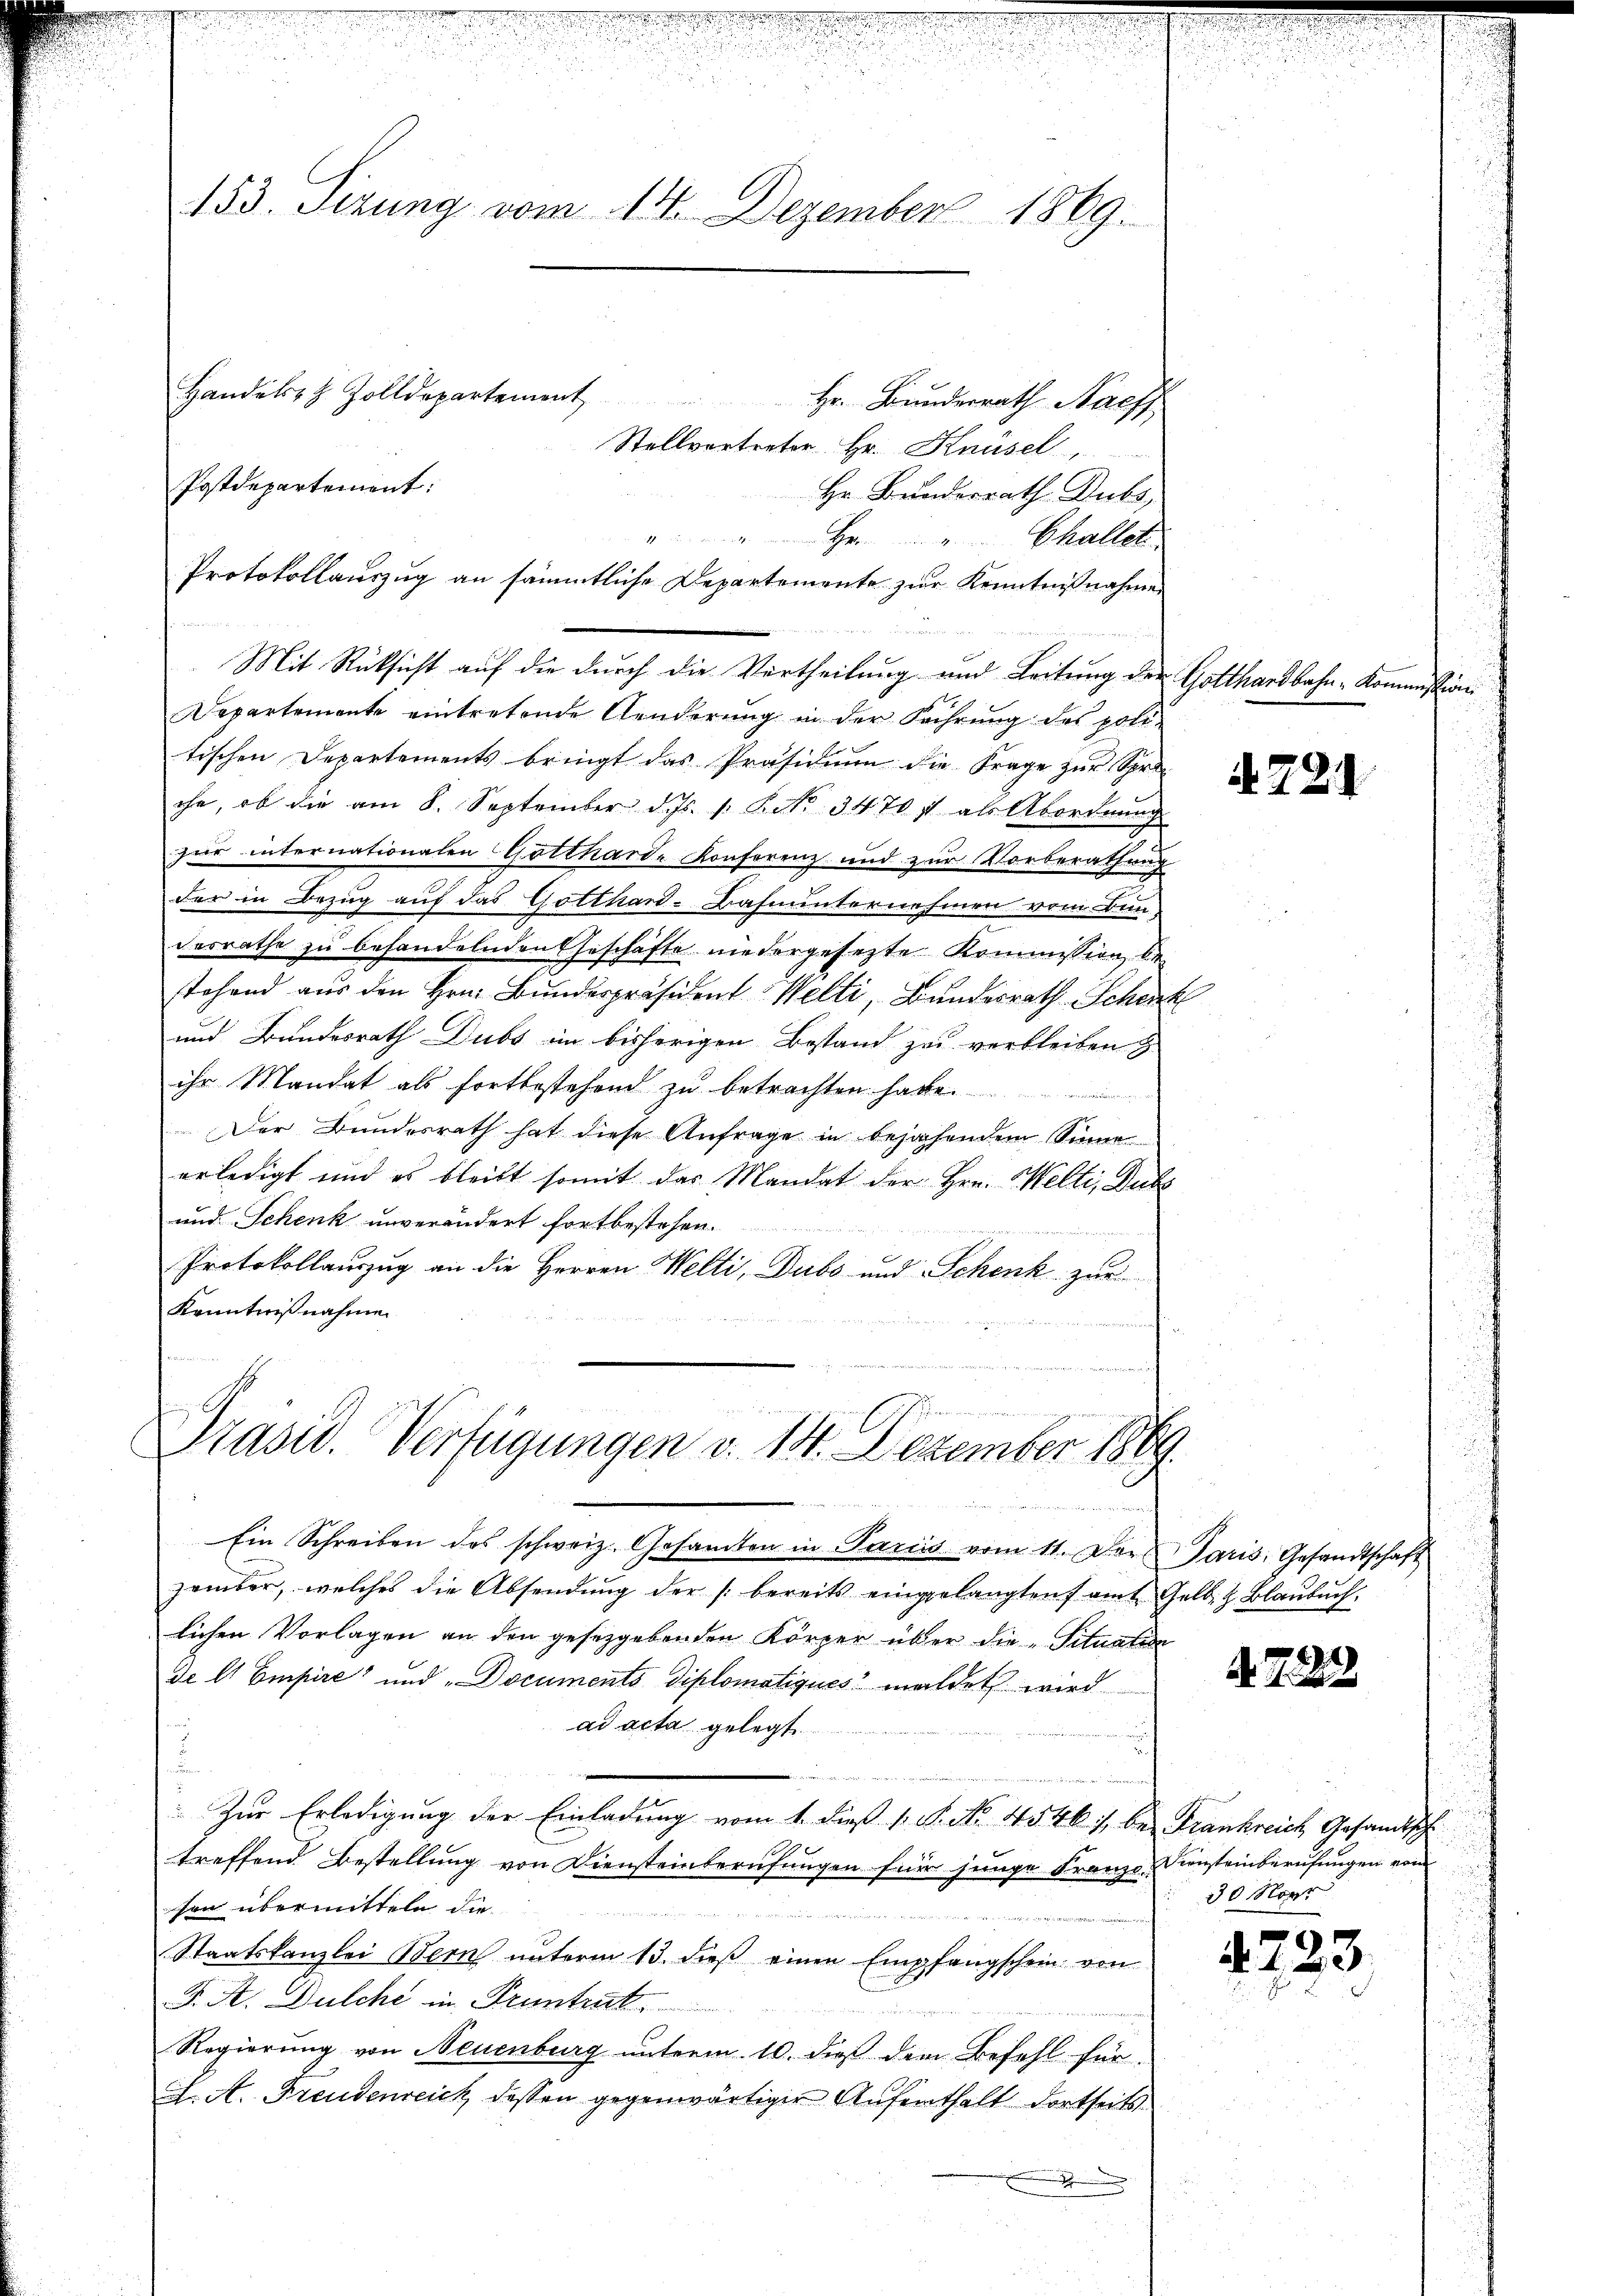
153. Sizung vom 14. Dezember 1869.

Hr. Bunderrath Nachf
Stellvertreter Hr. Knüsel,
Hr. Bunderrath Dubs,
Hr " Challet

Mit Rücksicht auf die durch die Vertheilung und Leitung der Gotthardbahn-Kommissio
Departemente eintretende Aenderung in der Führung des poli-
tischen Departements bringt das Präsidium die Frage zur Spra
che, ob die am 8. September d. Js. 1. P. Nr. 34707 als Abordnung
zur internationalen Gottharde Konferenz und zur Vorberathung
der in Bezug auf das Gotthard-Bahnunternehmen vom Bundesrathe zu behandelnden Geschäfte niedergesezte Kommission bestehend aus den Hrn. Bundespräsident Welti, Bundesrath Schenk
und Bundesrath Dubs im bisherigen Bestand zu verbleiben
ihr Mandat als fortbestehend zu betrachten habe.
Der Bundesrath hat diese Anfrage in bejahendem Sinne
erledigt und es bleibt somit das Mandat der Hrn. Welti, Dubs
und Schenk unverändert fortbestehen.
Protokollauszug an die Herren Welti, Dubs und Schenk zur
Kenntnißnahme.

Handels- & Zolldepartement
Postdepartement:

Protokollauszug an sämmtliche Departemente zur Kenntnißnahmen

E
Präsid. Verfügungen v. 18. Dezember 1869

Ein Schreiben des schweiz. Gesamten in Paris vom 11. Der Paris, Gesandtschaft
zember, welches die Absendung der bereits eingelangten famt Gelb. & Blaubuch.
lichen Vorlagen an den gesetzgebenden Körper über die Situation
de es Empire“ und „Documents Diplomatiques waldet wird
ad acta gelegt
Zur Erledigung der Einladung vom 1. dieß v. P. No. 4546), bei Frankreich Gesandtsche
treffend Bestellung von Diensteinberufungen für junge Franze Diensteinberufungen vom
sen übermitteln die
Staatskanzlei Bern unterm 13. dieß einen Empfangschein von
F. A. Dulche in Pruntrut,
Regierung von Neuenburg unterm 10. dieß dem Befehl für
L. A. Freudenreich dessen gegenwärtiger Aufenthalt dortseits
.

A 221.

4729

30 Nove

4723